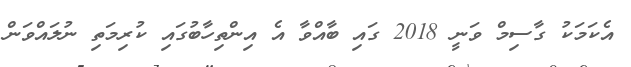
އެކަމަކު ގާސިމް ވަނީ 2018 ގައި ބާއްވާ އެ އިންތިހާބުގައި ކުރިމަތި ނުލައްވަން